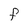
Character: F